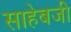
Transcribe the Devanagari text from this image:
साहेबजी